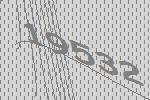
19532